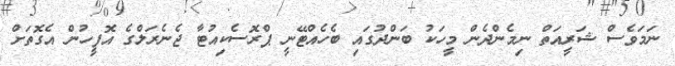
ނަމަވެސް ޝަރީއަތް ނިމެންދެން މީހަކު ބަންދުގައި ބެހެއްޓޭނީ ޕްރޮސެކިއުޓާ ޖެނެރަލްގެ އޮފީހުން އެގޮތަށް